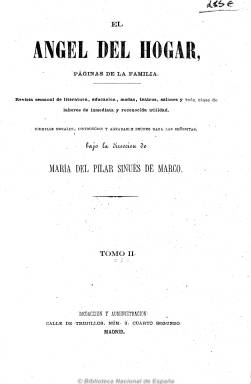
Título: El Ángel del hogar (Madrid)
Colección: Revistas femeninas || Moda
Ámbito geográfico: Madrid
Lugar de publicación: Madrid
Fechas: 08/01/1865-31/12/1865

"El Ángel del Hogar", publicada entre 1864 y 1869, es una de las revistas para mujeres que aparecen en el S.XIX y que suponen un paso adelante más en la evolución del periodismo nacional.

Su directora, Pilar Sinués de Marco (que también publicó otras obras bajo este mismo título de “El Ángel del Hogar”) es junto a Angelina Grassi y Faustina Sáez de Melgar una de las promotoras de esa prensa que se dirigió a un público femenino burgués y liberal y cuyos contenidos estaban constituidos principalmente por reseñas de moda, secciones pedagógicas o moralizadoras, manuales de urbanidad y crítica literaria.

El Ángel del Hogar se diferencia de otras revistas similares en que dentro de sus textos sobresale una preocupación por la formación de la mujer en general y, en concreto, por su educación moral.

Imágenes cedidas por TECNODOC.